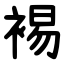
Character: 裼